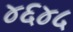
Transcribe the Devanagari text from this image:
४६४५